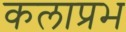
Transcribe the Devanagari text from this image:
कलाप्रभ